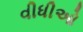
વીધીઓ